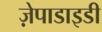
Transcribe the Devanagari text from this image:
ज़ेपाडाइडी